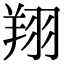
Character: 翔